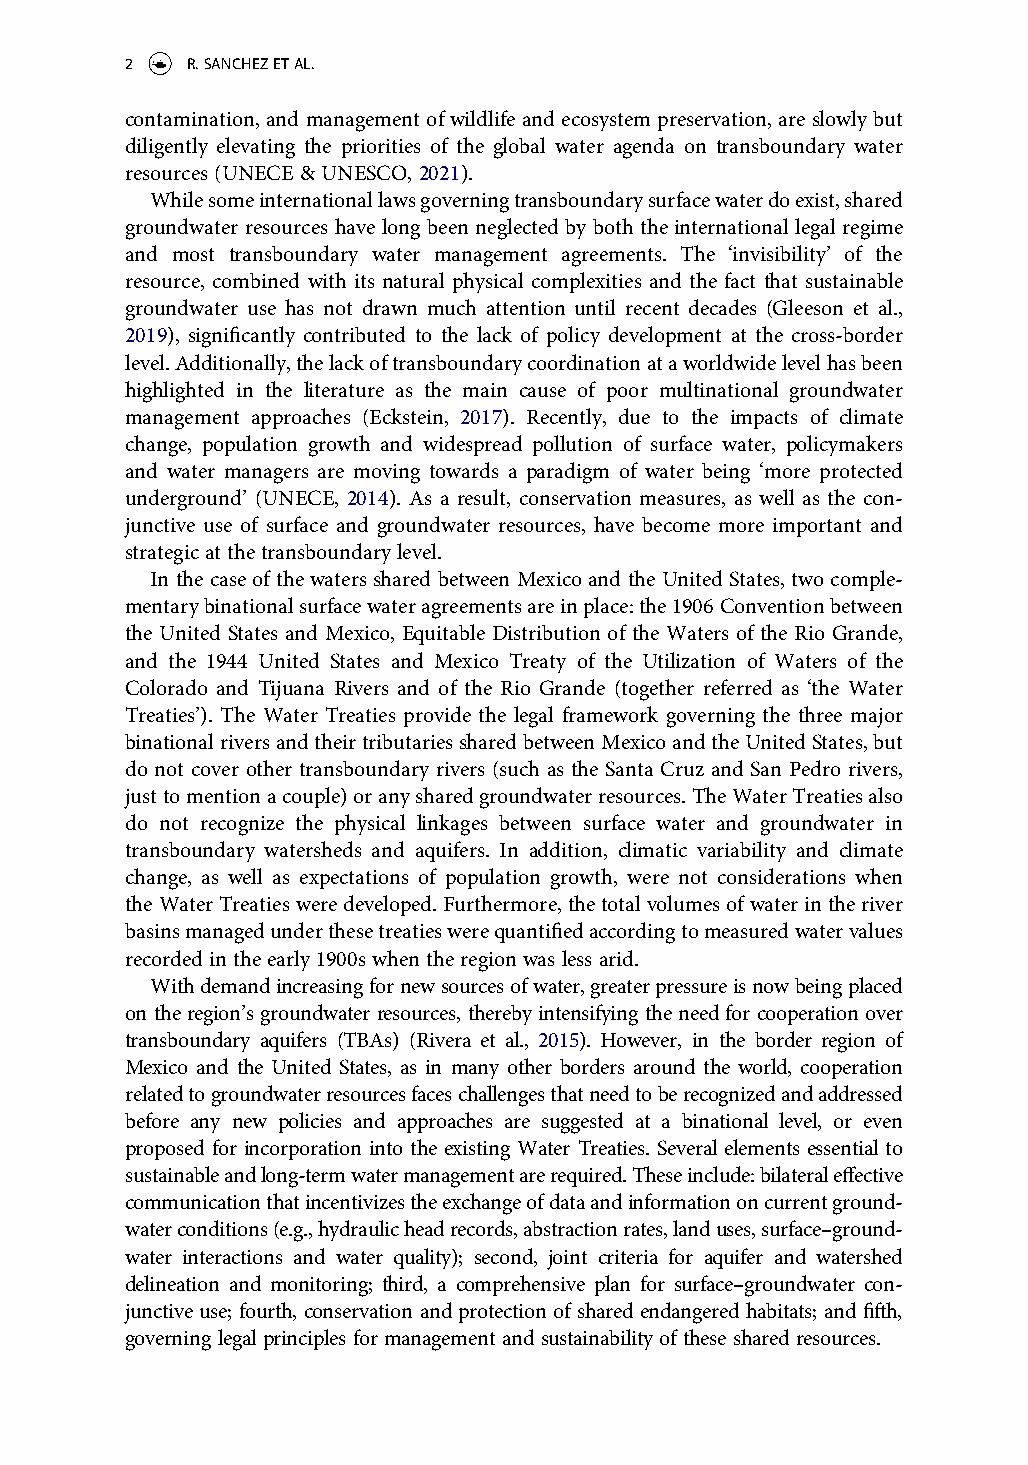
2   R. SANCHEZ ET AL.
 contamination, and management of wildlife and ecosystem preservation, are slowly but
 diligently elevating the priorities of the global water agenda on transboundary water
 resources (UNECE & UNESCO, 2021).
 While some international laws governing transboundary surface water do exist, shared
 groundwater resources have long been neglected by both the international legal regime
 and most transboundary water management agreements. The ‘invisibility’ of the
 resource, combined with its natural physical complexities and the fact that sustainable
 groundwater use has not drawn much attention until recent decades (Gleeson et al.,
 2019), significantly contributed to the lack of policy development at the cross-border
 level. Additionally, the lack of transboundary coordination at a worldwide level has been
 highlighted in the literature as the main cause of poor multinational groundwater
 management approaches (Eckstein, 2017). Recently, due to the impacts of climate
 change, population growth and widespread pollution of surface water, policymakers
 and water managers are moving towards a paradigm of water being ‘more protected
 underground’ (UNECE, 2014). As a result, conservation measures, as well as the con-
 junctive use of surface and groundwater resources, have become more important and
 strategic at the transboundary level.
 In the case of the waters shared between Mexico and the United States, two comple-
 mentary binational surface water agreements are in place: the 1906 Convention between
 the United States and Mexico, Equitable Distribution of the Waters of the Rio Grande,
 and the 1944 United States and Mexico Treaty of the Utilization of Waters of the
 Colorado and Tijuana Rivers and of the Rio Grande (together referred as ‘the Water
 Treaties’). The Water Treaties provide the legal framework governing the three major
 binational rivers and their tributaries shared between Mexico and the United States, but
 do not cover other transboundary rivers (such as the Santa Cruz and San Pedro rivers,
 just to mention a couple) or any shared groundwater resources. The Water Treaties also
 do not recognize the physical linkages between surface water and groundwater in
 transboundary watersheds and aquifers. In addition, climatic variability and climate
 change, as well as expectations of population growth, were not considerations when
 the Water Treaties were developed. Furthermore, the total volumes of water in the river
 basins managed under these treaties were quantified according to measured water values
 recorded in the early 1900s when the region was less arid.
 With demand increasing for new sources of water, greater pressure is now being placed
 on the region’s groundwater resources, thereby intensifying the need for cooperation over
 transboundary aquifers (TBAs) (Rivera et al., 2015). However, in the border region of
 Mexico and the United States, as in many other borders around the world, cooperation
 related to groundwater resources faces challenges that need to be recognized and addressed
 before any new policies and approaches are suggested at a binational level, or even
 proposed for incorporation into the existing Water Treaties. Several elements essential to
 sustainable and long-term water management are required. These include: bilateral effective
 communication that incentivizes the exchange of data and information on current ground-
 water conditions (e.g., hydraulic head records, abstraction rates, land uses, surface–ground-
 water interactions and water quality); second, joint criteria for aquifer and watershed
 delineation and monitoring; third, a comprehensive plan for surface–groundwater con-
 junctive use; fourth, conservation and protection of shared endangered habitats; and fifth,
 governing legal principles for management and sustainability of these shared resources.